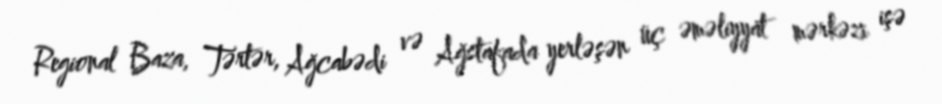
Regional Baza, Tərtər, Ağcabədi və Ağstafada yerləşən üç əməliyyat mərkəzi işə